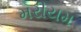
મરીયમ